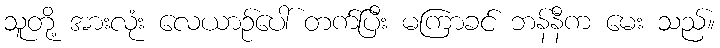
သူတို့ အားလုံး လေယာဉ်ပေါ် တက်ပြီး မကြာခင် ဘန်နီက မေး သည်။